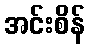
အင်းစိန်